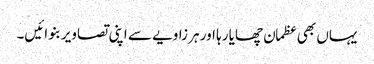
یہاں بھی عظمان چھایا رہا اور ہر زاویے سے اپنی تصاویر بنوائیں۔